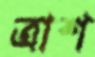
ত্রাশ